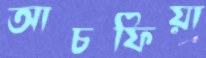
আচফিয়া